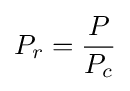
P_{r}={\frac {P}{P_{c}}}